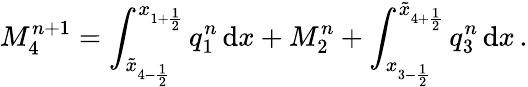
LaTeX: M_{4}^{n+1}=\int_{\tilde{x}_{4-\frac{1}{2}}}^{x_{1+\frac{1}{2}}}q_{1}^{n}\, \mathrm{d}x+M_{2}^{n}+\int_{x_{3-\frac{1}{2}}}^{\tilde{x}_{4+\frac{1}{2}}}q_{3}^{n}\, \mathrm{d}x\, .